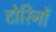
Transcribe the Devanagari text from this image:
टोरिनों